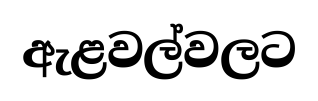
ඇළවල්වලට